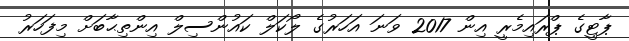
ޕާޓީގެ ޕްރައިމެރީ އިން 2017 ވަނަ އަހަރުގެ ލޯކަލް ކައުންސިލް އިންތިޙާބަށް މިފަހަރު